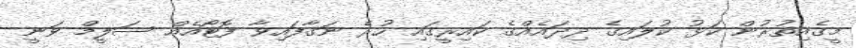
މީގެއިތުރުން ކަޅު ކުލައިގެ ދިދައެއްގެ ކައިރީގައި ހުރެ ނަގާފައިވާ ފޮޓޯއެއް ސަލީމް ވަނީ